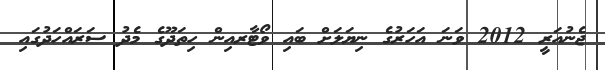
ޖެނުއަރީ 2012 ވަނަ އަހަރުގެ ނިޔަލަށް ބައި ވޯޓާރއިން ހިތަދޫގެ މެދު ސަރައްހަދުގައި